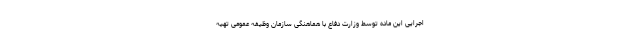
اجرایی این ماده توسط وزارت دفاع با هماهنگی سازمان وظیفه عمومی تهیه